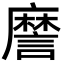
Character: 䜆